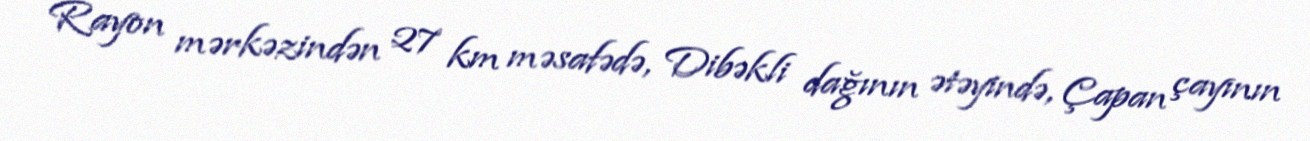
Rayon mərkəzindən 27 km məsafədə, Dibəkli dağının ətəyində, Çapan çayının